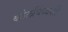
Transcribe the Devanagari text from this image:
कोलविंध्वंशी